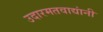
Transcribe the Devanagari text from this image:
उदारमतवाद्यांनी